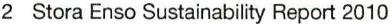
2 Stora Enso Sustainability Report 2010